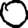
Digit: 0